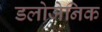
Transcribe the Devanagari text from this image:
डलोजेनिक